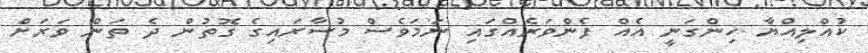
ކުއްލިއްޔާ ހިންގަނީ އެއް ފެންވަރެއްގައި ނަމަވެސް މުސާރައިގެ ގޮތުން ދެ ތަން ވަރަށް